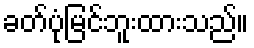
ခတ်ပုံမြင်ဘူးထားသည်။